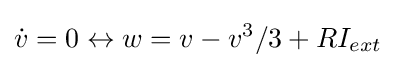
{\dot {v}}=0\leftrightarrow w=v-v^{3}/3+RI_{ext}